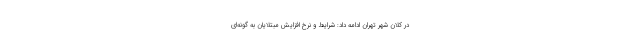
در کلان شهر تهران ادامه داد: شرایط و نرخ افزایش مبتلایان به گونه‌ای